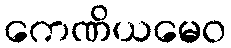
ကေဏိယမေဝ